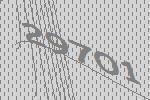
29701